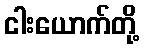
ငါးယောက်တို့